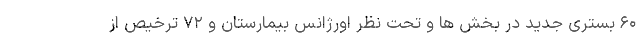
۶۰ بستری جدید در بخش ها و تحت نظر اورژانس بیمارستان و ۷۲ ترخیص از